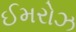
ઈમરોઝ